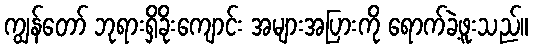
ကျွန်တော် ဘုရားရှိခိုးကျောင်း အများအပြားကို ရောက်ခဲ့ဖူးသည်။